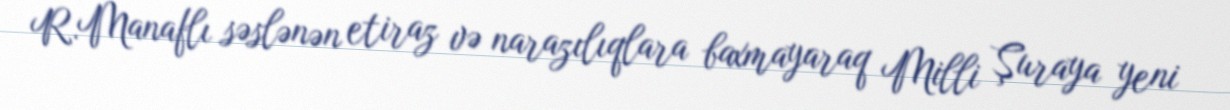
R.Manaflı səslənən etiraz və narazılıqlara baxmayaraq Milli Şuraya yeni